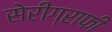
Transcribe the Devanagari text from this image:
सेरीग्राफी